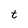
Character: t